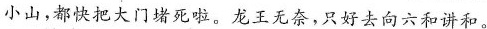
小山，都快把大门堵死啦。龙王无奈，只好去向六和讲和。